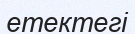
етектегі